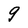
Character: 9